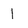
Character: l